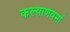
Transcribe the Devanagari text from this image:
कल्याणवर्मा